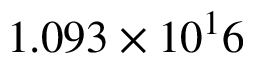
1 . 0 9 3 \times 1 0 ^ { 1 } 6